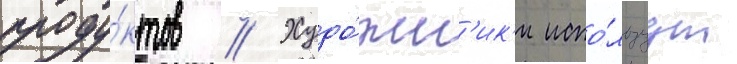
проду́ктов // Худо́жн'ик'и испо́льзуут